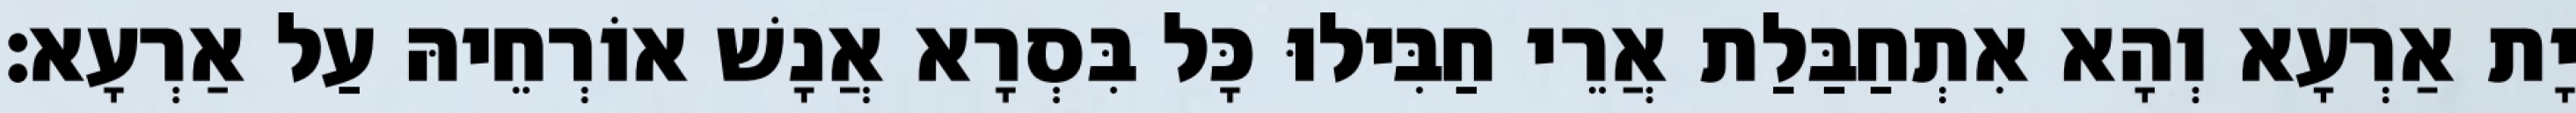
יָת אַרְעָא וְהָא אִתְחַבַּלַת אֲרֵי חַבִּילוּ כָּל בִּסְרָא אֲנָשׁ אוֹרְחֵיהּ עַל אַרְעָא׃